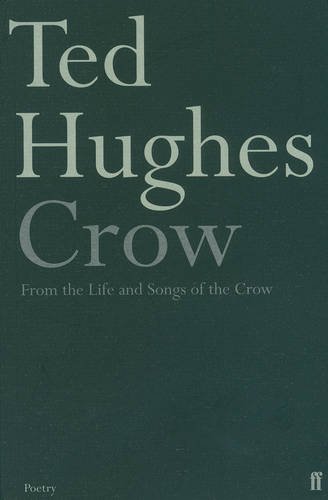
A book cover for Crow: From the Life and Songs of the Crow; Ted Hughes; Literature & Fiction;